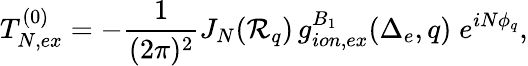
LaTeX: T_{N,ex}^{(0)}=-\frac{1}{(2\pi)^{2}}J_{N}({\cal R}_{q})\, g_{ion,ex}^{B_{1}}(\Delta_{e},q)\; e^{iN\phi_{q}},